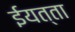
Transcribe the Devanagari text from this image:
ईयत्ता